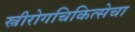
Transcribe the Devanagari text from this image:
स्त्रीरोगचिकित्सेचा